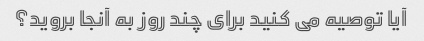
آیا توصیه می کنید برای چند روز به آنجا بروید؟